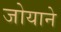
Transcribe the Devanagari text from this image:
जोयाने